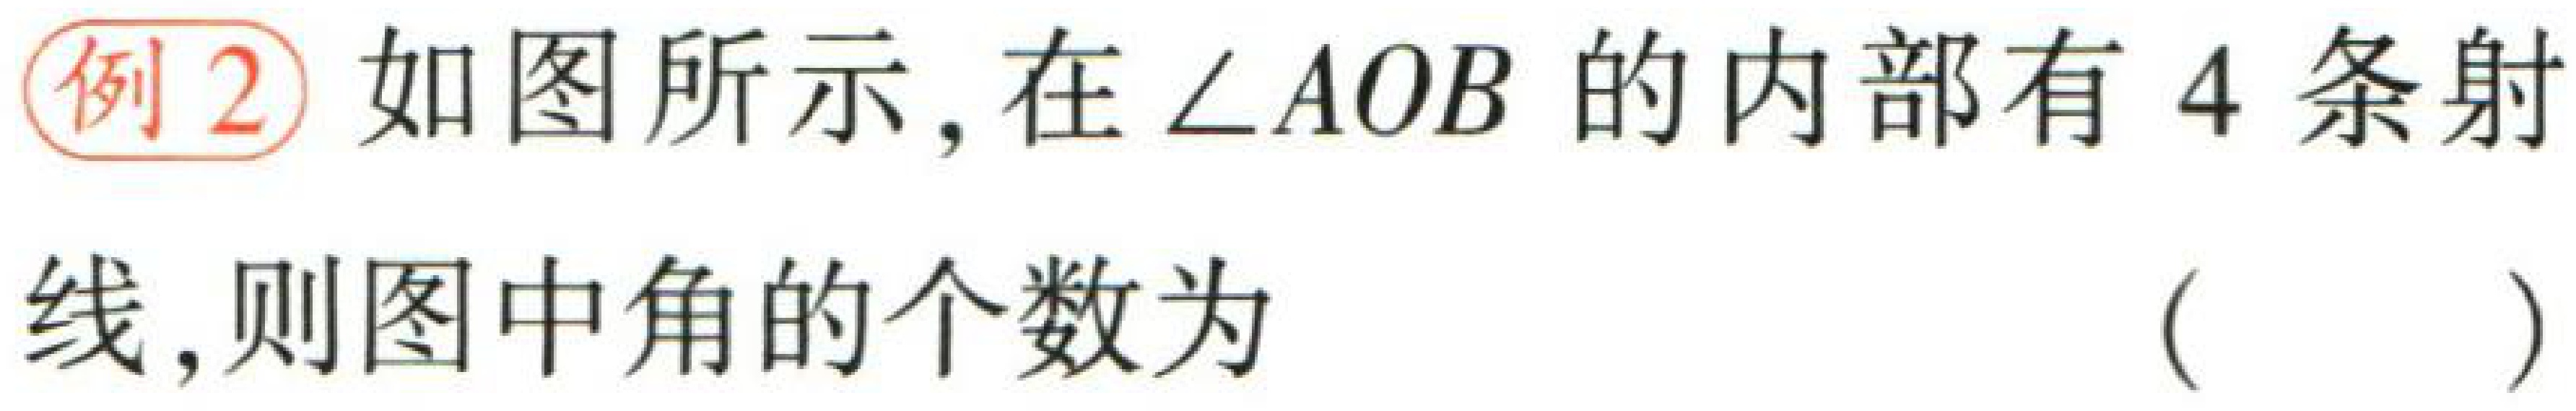
例2 如图所示，在\(\angle AOB\)的内部有4条射

线，则图中角的个数为 （  ）